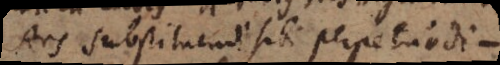
Ars substituendi sibi perpetuo di-